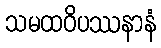
သမထဝိပဿနာနံ